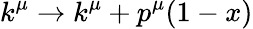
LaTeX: k^{\mu}\rightarrow k^{\mu}+p^{\mu}(1-x)